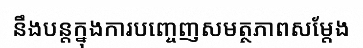
នឹងបន្តក្នុងការបញ្ចេញសមត្ថភាពសម្តែង